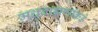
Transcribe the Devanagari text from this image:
मधुब्राह्मणांकडे